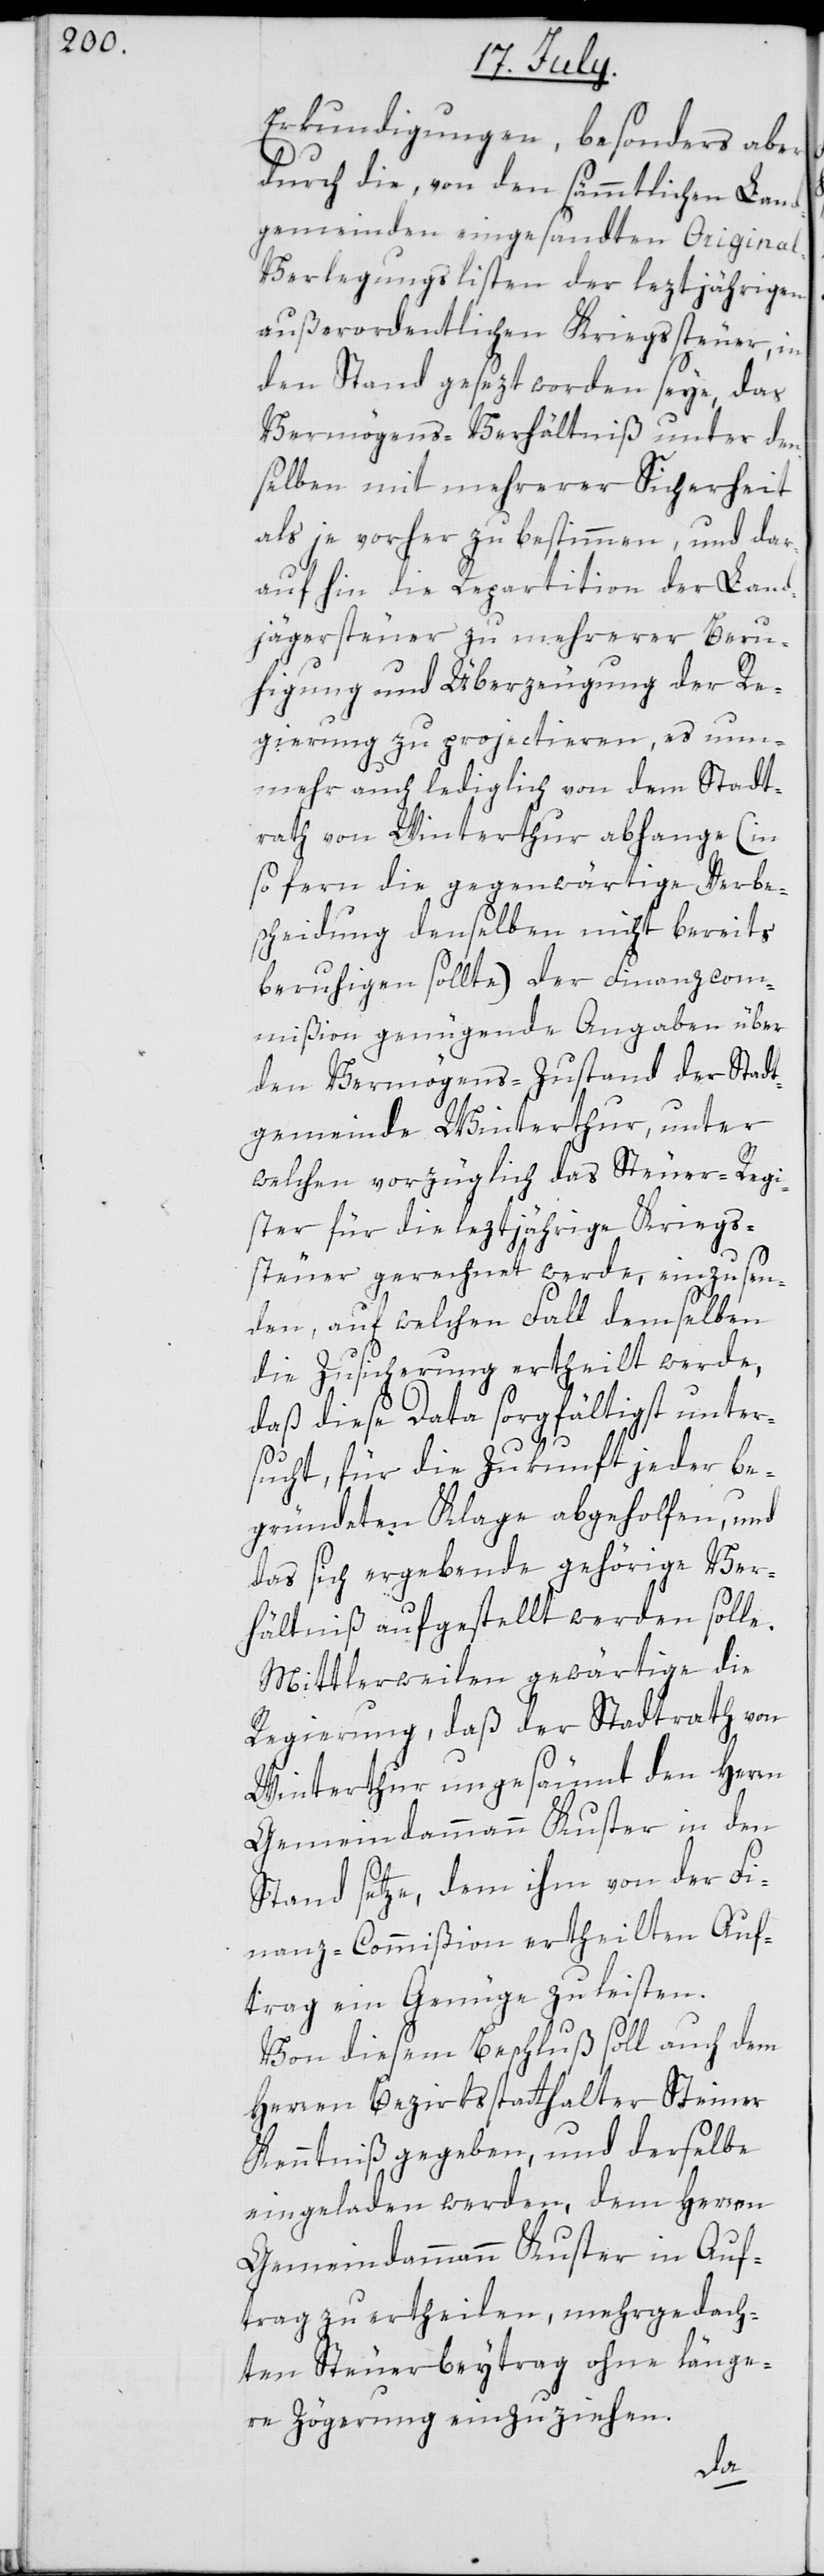
Erkundigungen, besonders aber
durch die, von den sämmtlichen Land¬
gemeinden eingesandten Original¬
verlegungslisten der leztjährigen
außerordentlichen Kriegssteuer, in
den Stand gesezt worden seye, das
Vermögens-Verhältniß unter den¬
selben mit mehrerer Sicherheit
als je vorher zu bestimmen, und dar¬
aufhin die Repartition der Land¬
jägersteuer zu mehrerer Beru¬
higung und Überzeugung der Re¬
gierung zu projectieren, es nun¬
mehr auch lediglich von dem Stadt¬
rath von Winterthur abhange (in
so fern die gegenwärtige Verbe¬
scheidung denselben nicht bereits
beruhigen sollte) der Finanzcom¬
mißion genügende Angaben über
den Vermögens-Zustand der Stadt¬
gemeinde Winterthur, unter
welchen vorzüglich das Steuer-Regi¬
ster für die leztjährige Kriegs¬
steuer gerechnet werde, einzusen¬
den, auf welchen Fall demselben
die Zusicherung ertheilt werde,
daß diese Data sorgfältigst unter¬
sucht, für die Zukunft jeder be¬
gründeten Klage abgeholfen, und
das sich ergebende gehörige Ver¬
hältniß aufgestellt werden solle.
Mittlerweilen gewärtige die
Regierung, daß der Stadtrath von
Winterthur ungesäumt den Herrn
Gemeindammann Kuster in den
Stand setze, dem ihm von der Fi¬
nanz-Commißion ertheilten Auf¬
trag ein Genüge zu leisten.
Von diesem Beschluß soll auch dem
Herren Bezirksstatthalter Steiner
Kenntniß gegeben, und derselbe
eingeladen werden, dem Herren
Gemeindammann Kuster in Auf¬
trag zu ertheilen, mehrgedach¬
ten Steuerbeytrag ohne länge¬
re Zögerung einzuziehen.